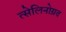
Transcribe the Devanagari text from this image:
त्सेलिनोग्रद